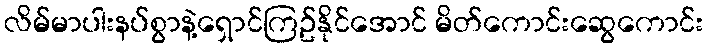
လိမ်မာပါးနပ်စွာနဲ့ရှောင်ကြဥ်နိုင်အောင် မိတ်ကောင်းဆွေကောင်း